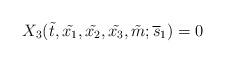
LaTeX: \begin{align*}X_3 (\tilde{t} , \tilde{x_1},\tilde{x_2}, \tilde{x_3}, \tilde{m}; \overline s _1 )=0\end{align*}